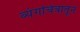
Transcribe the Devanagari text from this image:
व्यंगचित्रातून